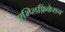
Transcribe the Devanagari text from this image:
एम्प्लिफ़िकेशन